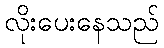
လိုးပေးနေသည်